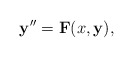
\begin{align*}\mathbf{y}^{\prime\prime}=\mathbf{F}(x,\mathbf{y}),\end{align*}